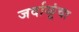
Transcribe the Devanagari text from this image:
जर्दाळूंचा